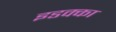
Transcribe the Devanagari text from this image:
इडक्‍का